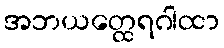
အဘယတ္ထေရဂါထာ